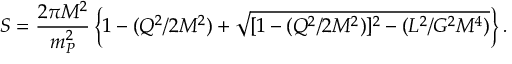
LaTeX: S = { \frac { 2 \pi M ^ { 2 } } { m _ { P } ^ { 2 } } } \left\{ 1 - ( Q ^ { 2 } / 2 M ^ { 2 } ) + \sqrt { [ 1 - ( Q ^ { 2 } / 2 M ^ { 2 } ) ] ^ { 2 } - ( L ^ { 2 } / G ^ { 2 } M ^ { 4 } ) } \right\} .